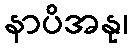
နာပိအနု၊